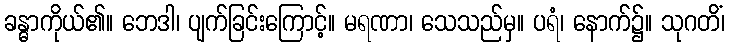
ခန္ဓာကိုယ်၏။ ဘေဒါ၊ ပျက်ခြင်းကြောင့်။ မရဏာ၊ သေသည်မှ။ ပရံ၊ နောက်၌။ သုဂတိံ၊